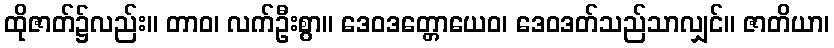
ထိုဇာတ်၌လည်း။ တာဝ၊ လက်ဦးစွာ။ ဒေဝဒတ္တောယေဝ၊ ဒေဝဒတ်သည်သာလျှင်။ ဇာတိယာ၊